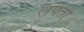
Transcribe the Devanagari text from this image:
लपतो